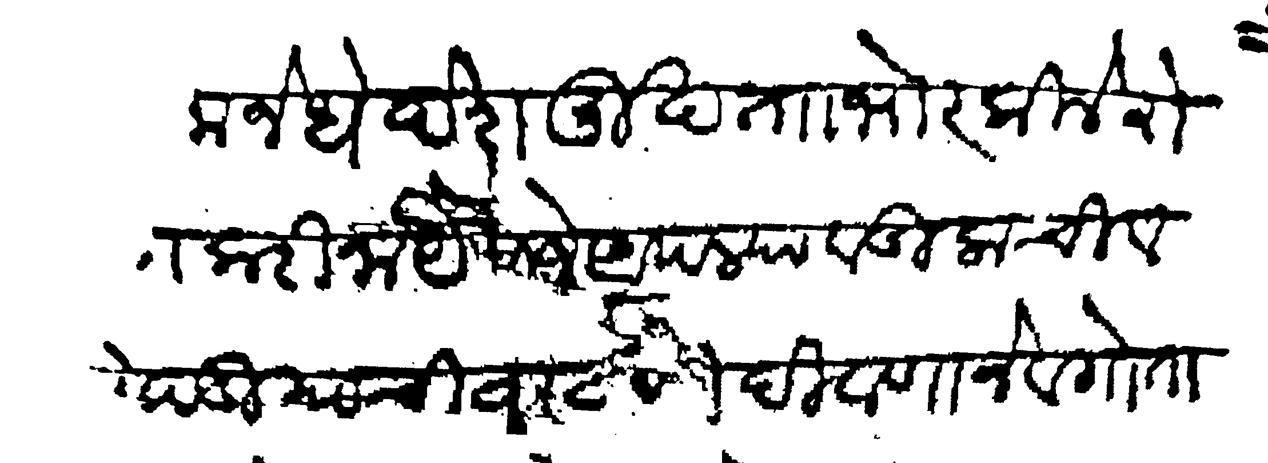
Transliteration (Devanagari): करीना जेधे देशमुख ताा भोर किले रोहिडा करीना यैसा जे आपल्या वडिलाची व खोपडीयाची वांटणी दिवाणाने व गोताने